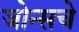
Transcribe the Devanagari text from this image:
जोन्सचे